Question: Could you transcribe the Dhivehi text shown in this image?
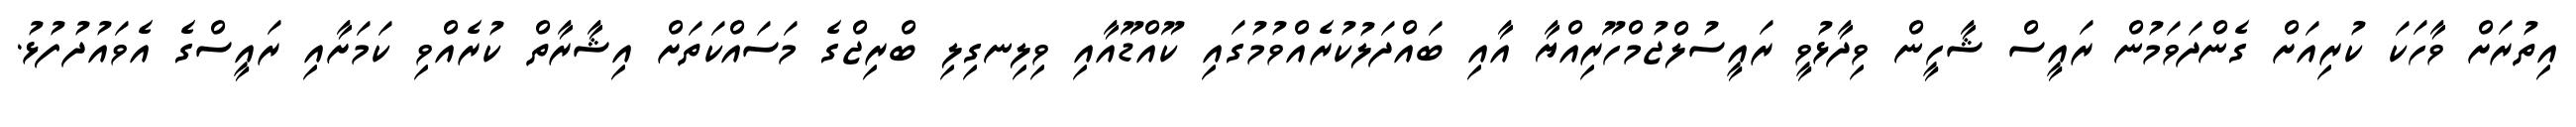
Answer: އިތުރަށް ވާހަކަ ކުރިއަށް ގެންދަވަމުން ރައީސް ޝާހީން ވިދާޅުވީ ރައީސުލްޖުމްހޫރިއްޔާ އާއި ބައްދަލުކުރެއްވުމުގައި ކޫއްޑޫއާއި ވިލިނގިލި ބްރިޖްގެ މަސައްކަތަށް އިޝާރާތް ކުރެއްވި ކަމަށާއި ރައީސްގެ އެވައުދުފުޅު.